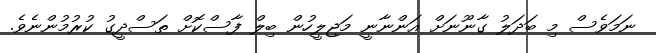
ނަމަވެސް މި ބަދަލު ގާނޫނަށް އަންނާނީ މަޖިލީހުން ބިލް ފާސްކޮށް ތަސްދީގު ކުރުމުންނެވެ.